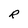
Character: R